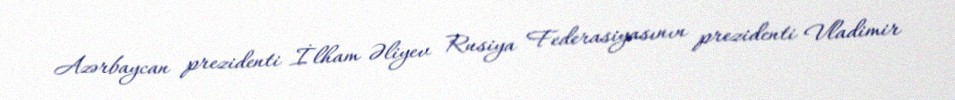
Azərbaycan prezidenti İlham Əliyev Rusiya Federasiyasının prezidenti Vladimir